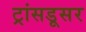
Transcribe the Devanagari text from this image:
ट्रांसडूसर